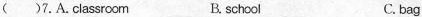
( )7. A. Classroom B. school C. bag